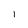
Character: I